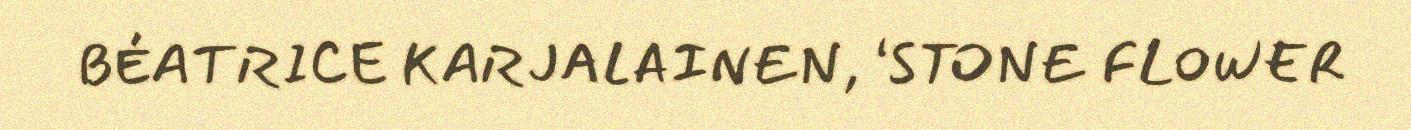
BÉATRICE KARJALAINEN, ‘STONE FLOWER